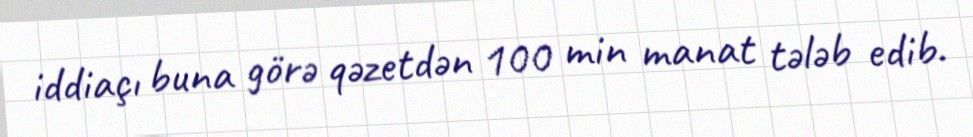
iddiaçı buna görə qəzetdən 100 min manat tələb edib.